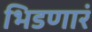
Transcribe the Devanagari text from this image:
भिडणारं